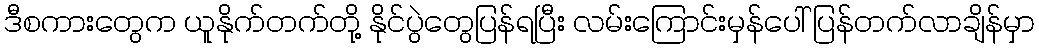
ဒီစကားတွေက ယူနိုက်တက်တို့ နိုင်ပွဲတွေပြန်ရပြီး လမ်းကြောင်းမှန်ပေါ် ပြန်တက်လာချိန်မှာ